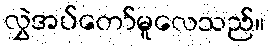
လွှဲအပ်တော်မူလေသည်။